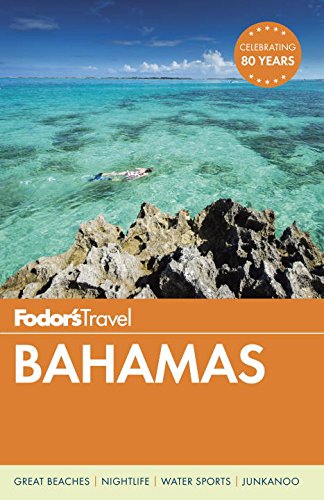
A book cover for Fodor's Bahamas (Full-color Travel Guide); Fodor's; Travel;